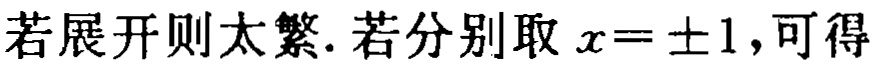
若展开则太繁. 若分别取 \(x = \pm1\), 可得